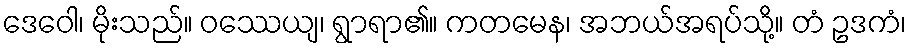
ဒေဝေါ၊ မိုးသည်။ ဝဿေယျ၊ ရွာရာ၏။ ကတမေန၊ အဘယ်အရပ်သို့။ တံ ဥဒကံ၊